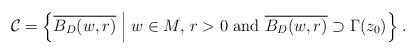
LaTeX: \begin{align*}\mathcal{C}=\Bigl\{\overline{B_D(w,r)}\Bigm|w\in M,\,r>0\ \hbox{and}\ \overline{B_D(w,r)}\supset\Gamma(z_0)\Bigr\}\;.\end{align*}